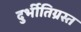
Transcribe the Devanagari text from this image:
दुर्भीतिग्रस्त